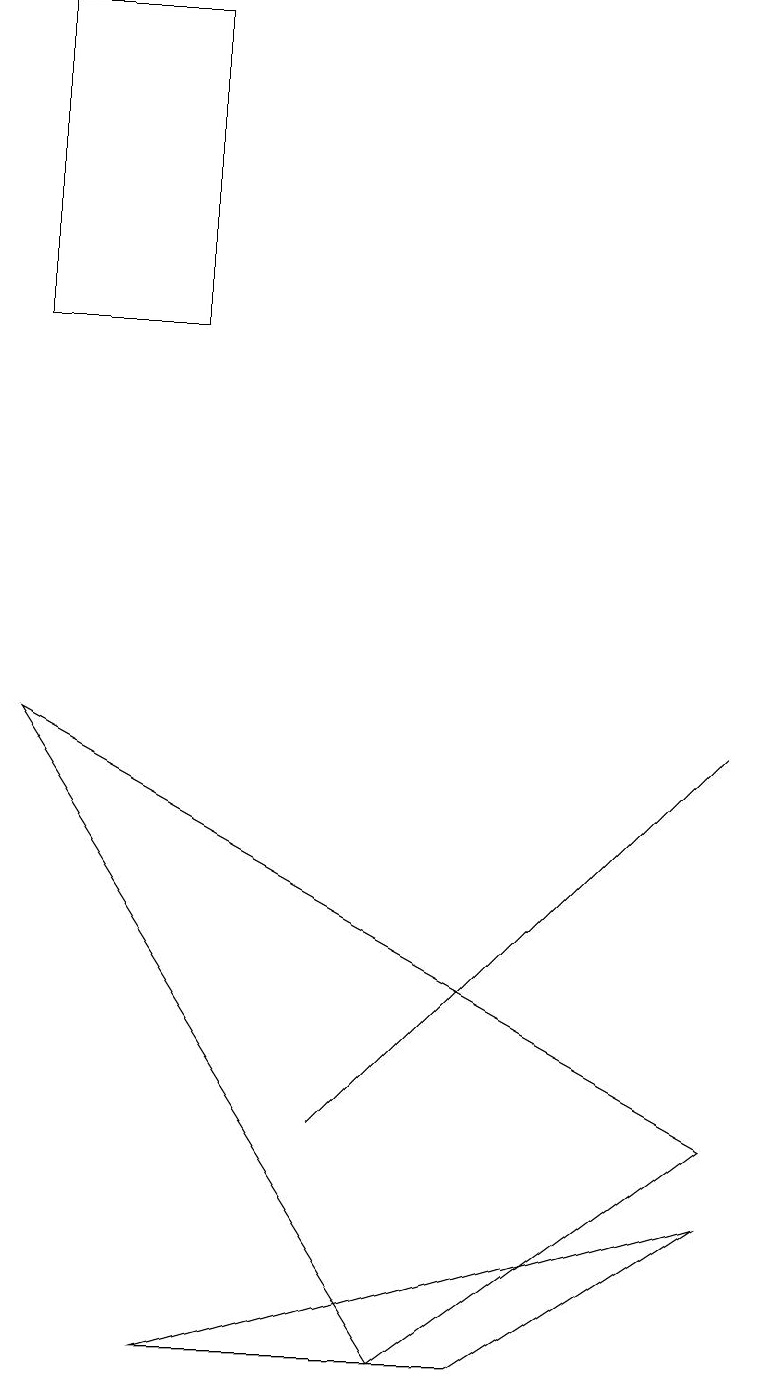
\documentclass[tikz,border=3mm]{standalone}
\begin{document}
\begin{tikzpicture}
\draw (2,17) rectangle (0,13);
\draw (2,0) -- (9,2) -- (6,0) -- cycle;
\draw (9,8) -- (8,7) -- (4,3) -- cycle;
\draw (5,0) -- (0,8) -- (9,3) -- cycle;
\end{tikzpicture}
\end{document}